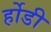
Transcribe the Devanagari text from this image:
र्होडी